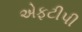
એફટીપી